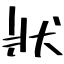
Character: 狀